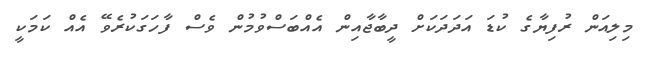
މިލިއަން ރުފިޔާގެ ކުޑަ އަދަދަކަށް ދީބާޖާއިން އެއްބަސްވުމުން ވެސް ފާހަގަކުރެވޭ އެއް ކަމަކީ